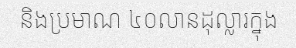
និងប្រមាណ ៤០លានដុល្លារក្នុង